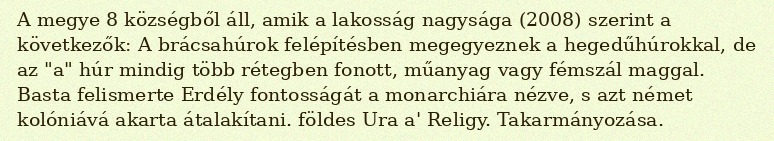
A megye 8 községből áll, amik a lakosság nagysága (2008) szerint a következők: A brácsahúrok felépítésben megegyeznek a hegedűhúrokkal, de az "a" húr mindig több rétegben fonott, műanyag vagy fémszál maggal. Basta felismerte Erdély fontosságát a monarchiára nézve, s azt német kolóniává akarta átalakítani. földes Ura a' Religy. Takarmányozása.